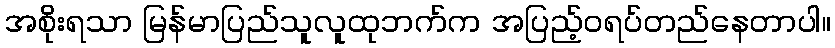
အစိုးရသာ မြန်မာပြည်သူလူထုဘက်က အပြည့်ဝရပ်တည်နေတာပါ။